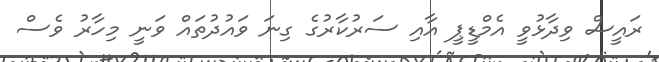
ރައީސް ވިދާޅުވީ އެމްޑީޕީ އާއި ސަރުކާރުގެ ގިނަ ވައުދުތައް ވަނީ މިހާރު ވެސް